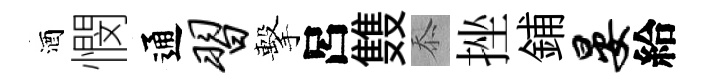
酒憫通习擊呂䨇忝挫鋪晏給